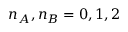
n _ { A } , n _ { B } = 0 , 1 , 2